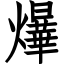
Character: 爗